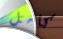
كامل